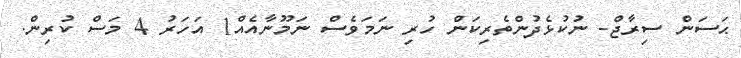
ޙަސަން ސިރާޖް- ނުކުޅެދުންތެރިކަން ހުރި ނަމަވެސް ނަމޫނާއެއް1 އަހަރު 4 މަސް ކުރިން.